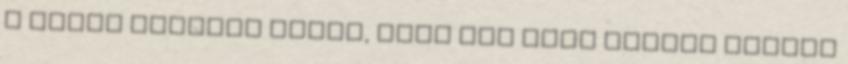
a külső képeket nézve, hogy sok szín kapott helyet